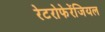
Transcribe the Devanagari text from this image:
रेटरोफेरेंजियल